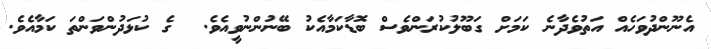
އެނޫންދުވަހެއް އަތުވެދާނެ ކަމަށް ގަބޫލުކުރަންވެސް ބޮޑާކަމާއެކު ބޭނުންނުވީއެވެ.  ގެ ކުޅަދުންވަންތަ ކަމާއެވެ.